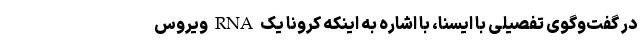
در گفت‌وگوی تفصیلی با ایسنا، با اشاره به اینکه کرونا یک RNA ویروس